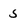
Character: 5